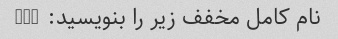
نام کامل مخفف زیر را بنویسید: CIA